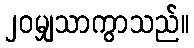
၂၀မျှသာကွာသည်။